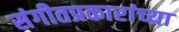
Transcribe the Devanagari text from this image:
संगीतप्रकारांच्या